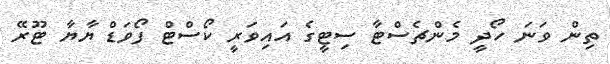
ތިން ވަނަ ހޯދީ މެންޗެސްޓާ ސިޓީގެ އައިވަރީ ކޯސްޓް ފޯވަޑް ޔާޔާ ޓޫރޭ